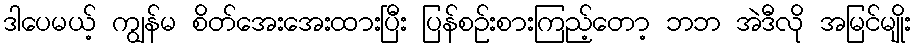
ဒါပေမယ့် ကျွန်မ စိတ်အေးအေးထားပြီး ပြန်စဉ်းစားကြည့်တော့ ဘဘ အဲဒီလို အမြင်မျိုး